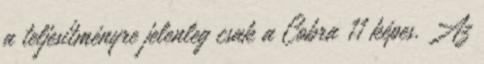
a teljesítményre jelenleg csak a Cobra 11 képes. Az